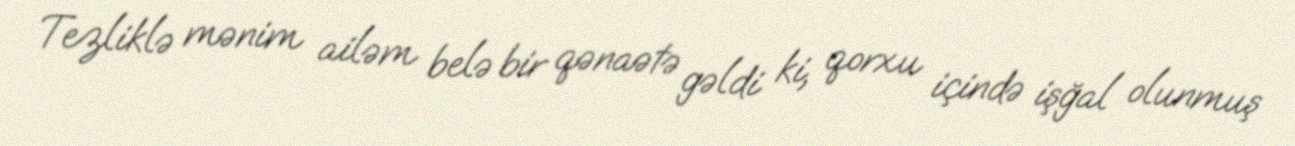
Tezliklə mənim ailəm belə bir qənaətə gəldi ki, qorxu içində işğal olunmuş